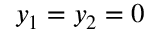
y _ { 1 } = y _ { 2 } = 0